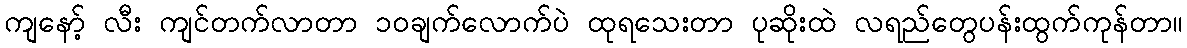
ကျနော့် လီး ကျင်တက်လာတာ ၁၀ချက်လောက်ပဲ ထုရသေးတာ ပုဆိုးထဲ လရည်တွေပန်းထွက်ကုန်တာ။